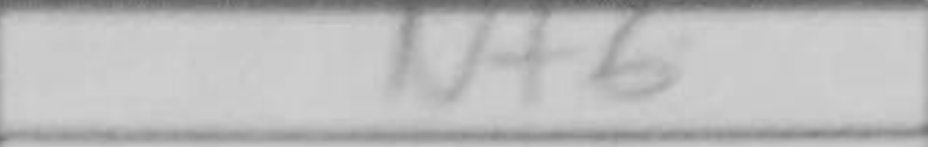
Transcription: Nf6